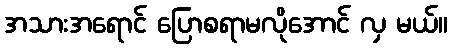
အသားအရောင် ပြောစရာမလိုအောင် လှ မယ်။